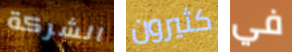
الشركة كثيرون في